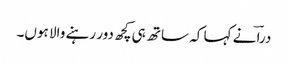
دراؔ نے کہا کہ ساتھ ہی کچھ دور رہنے والا ہوں۔